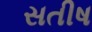
સતીષ